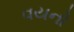
વયનો